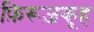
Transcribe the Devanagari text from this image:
फ़िरूज़कूह